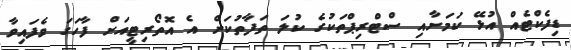
ޑިފެކްޓެއް އުޅޭ ކަމަށާއި ސްޓްރިޕްތަކުގެ ކުލަ ތަފާތުކަން އެ އޮތޯރިޓީއަށް ފާހަގަ ވެފައިވާ